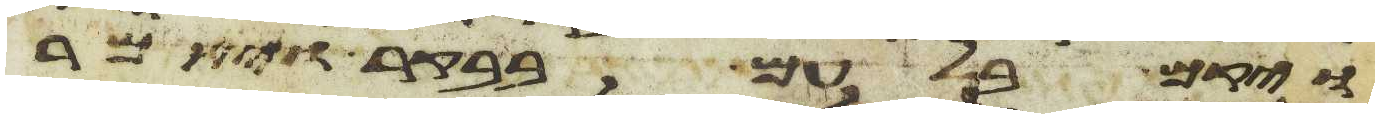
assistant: ויקם בלעם בבקר ויאמר